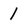
Character: 1